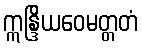
ဣန္ဒြိယဝေမတ္တတံ